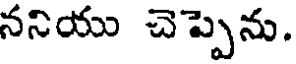
ననియు చెప్పెను.